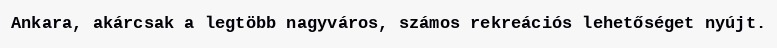
Ankara, akárcsak a legtöbb nagyváros, számos rekreációs lehetőséget nyújt.